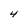
Character: 4